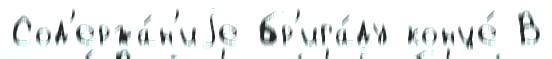
Сод'ержа́н'иjе бр'ига́ду конце́ В